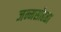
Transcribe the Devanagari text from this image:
जन्मसोहळा